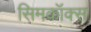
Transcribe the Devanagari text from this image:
सिमकॉक्स